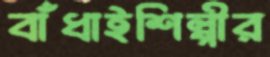
বাঁধাইশিল্পীর